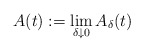
\begin{align*}A(t):=\lim_{\delta\downarrow0}A_\delta(t)\end{align*}